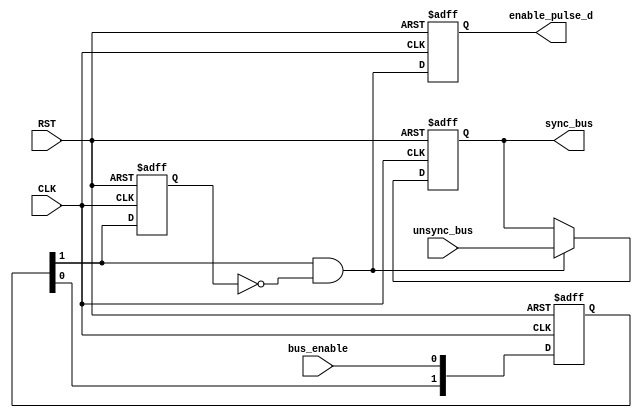

/////////////////////////////////////////////////////////////
//////////////////// data synchronizer //////////////////////
/////////////////////////////////////////////////////////////

module DATA_SYNC # ( 
     parameter NUM_STAGES = 2 ,
	 parameter BUS_WIDTH = 8 
)(
input    wire                      CLK,
input    wire                      RST,
input    wire     [BUS_WIDTH-1:0]  unsync_bus,
input    wire                      bus_enable,
output   reg      [BUS_WIDTH-1:0]  sync_bus,
output   reg                       enable_pulse_d
);



//internal connections
reg   [NUM_STAGES-1:0]    sync_reg;
reg                       enable_flop ;
					 
wire                      enable_pulse ;

wire  [BUS_WIDTH-1:0]     sync_bus_c ;
					 
//----------------- Multi flop synchronizer --------------

always @(posedge CLK or negedge RST)
 begin
  if(!RST)      // active low
   begin
    sync_reg <= 'b0 ;
   end
  else
   begin
    sync_reg <= {sync_reg[NUM_STAGES-2:0],bus_enable};
   end  
 end
 

//----------------- pulse generator --------------------

always @(posedge CLK or negedge RST)
 begin
  if(!RST)      // active low
   begin
    enable_flop <= 1'b0 ;	
   end
  else
   begin
    enable_flop <= sync_reg[NUM_STAGES-1] ;
   end  
 end

 
assign enable_pulse = sync_reg[NUM_STAGES-1] && !enable_flop ;


//----------------- multiplexing --------------------

assign sync_bus_c =  enable_pulse ? unsync_bus : sync_bus ;  


//----------- destination domain flop ---------------

always @(posedge CLK or negedge RST)
 begin
  if(!RST)      // active low
   begin
    sync_bus <= 'b0 ;	
   end
  else
   begin
    sync_bus <= sync_bus_c ;
   end  
 end
 
//--------------- delay generated pulse ------------

always @(posedge CLK or negedge RST)
 begin
  if(!RST)      // active low
   begin
    enable_pulse_d <= 1'b0 ;	
   end
  else
   begin
    enable_pulse_d <= enable_pulse ;
   end  
 end
 

endmodule